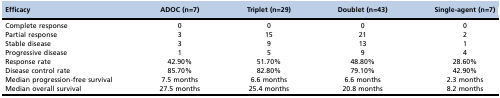
<table><thead><tr><td><b>Efficacy</b></td><td><b>ADOC (n=7)</b></td><td><b>Triplet (n=29)</b></td><td><b>Doublet (n=43)</b></td><td><b>Single-agent (n=7)</b></td></tr></thead><tbody><tr><td>Complete response</td><td>0</td><td>0</td><td>0</td><td>0</td></tr><tr><td>Partial response</td><td>3</td><td>15</td><td>21</td><td>2</td></tr><tr><td>Stable disease</td><td>3</td><td>9</td><td>13</td><td>1</td></tr><tr><td>Progressive disease</td><td>1</td><td>5</td><td>9</td><td>4</td></tr><tr><td>Response rate</td><td>42.90%</td><td>51.70%</td><td>48.80%</td><td>28.60%</td></tr><tr><td>Disease control rate</td><td>85.70%</td><td>82.80%</td><td>79.10%</td><td>42.90%</td></tr><tr><td>Median progression-free survival</td><td>7.5 months</td><td>6.6 months</td><td>6.6 months</td><td>2.3 months</td></tr><tr><td>Median overall survival</td><td>27.5 months</td><td>25.4 months</td><td>20.8 months</td><td>8.2 months</td></tr></tbody></table>